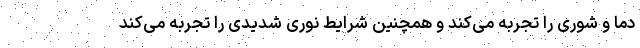
دما و شوری را تجربه می‌کند و همچنین شرایط نوری شدیدی را تجربه می‌کند